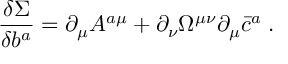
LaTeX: \frac { \delta \Sigma } { \delta b ^ { a } } = \partial _ { \mu } A ^ { a \mu } + \partial _ { \nu } \Omega ^ { \mu \nu } \partial _ { \mu } \bar { c } ^ { a } \; .